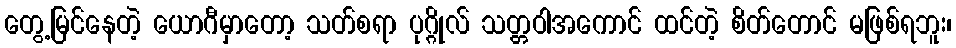
တွေ့မြင်နေတဲ့ ယောဂီမှာတော့ သတ်စရာ ပုဂ္ဂိုလ် သတ္တဝါအကောင် ထင်တဲ့ စိတ်တောင် မဖြစ်ရဘူး၊